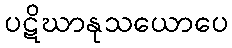
ပဋိဃာနုသယောပေ